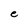
Character: e